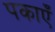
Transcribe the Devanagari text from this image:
पकाएँ